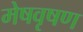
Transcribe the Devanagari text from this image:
मेषवृषण